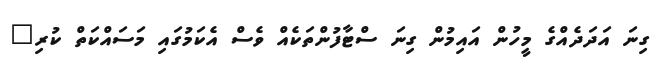
ގިނަ އަދަދެއްގެ މީހުން އައިމުން ގިނަ ސްޓާފުންތަކެއް ވެސް އެކަމުގައި މަސައްކަތް ކުރި"